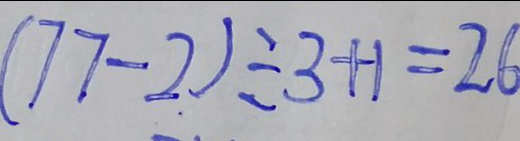
( 7 7 - 2 ) \div 3 + 1 = 2 6